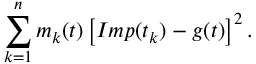
\sum _ { k = 1 } ^ { n } m _ { k } ( t ) \left[ I m p ( t _ { k } ) - g ( t ) \right] ^ { 2 } .